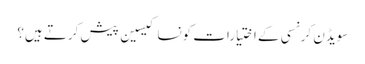
سویڈن کرنسی کے اختیارات کونسا کیسین پیش کرتے ہیں؟